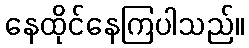
နေထိုင်နေကြပါသည်။